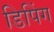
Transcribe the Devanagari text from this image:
डिपिंग